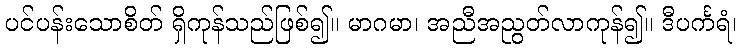
ပင်ပန်းသောစိတ် ရှိကုန်သည်ဖြစ်၍။ မာဂမာ၊ အညီအညွတ်လာကုန်၍။ ဒီပင်္ကရံ၊